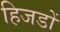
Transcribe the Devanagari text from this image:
हिजडों